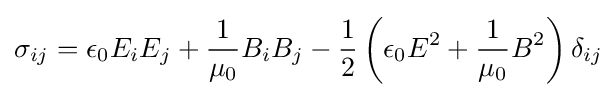
\sigma _{ij}=\epsilon _{0}E_{i}E_{j}+{\frac {1}{\mu _{0}}}B_{i}B_{j}-{\frac {1}{2}}\left(\epsilon _{0}E^{2}+{\frac {1}{\mu _{0}}}B^{2}\right)\delta _{ij}